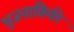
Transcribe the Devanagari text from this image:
भूजनांकिकी